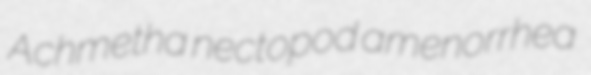
Achmetha nectopod amenorrhea